Civil Veterinary Dept. Bombay admin report 1893-99 - 1893-1899
Year: 1893
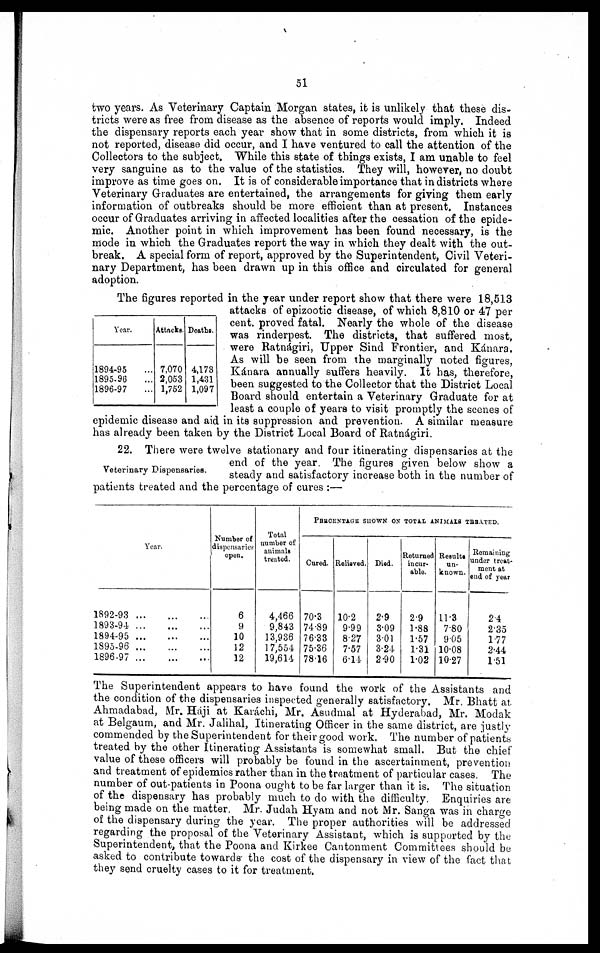
51
two years. As Veterinary Captain Morgan states, it is unlikely that these dis-
tricts were as free from disease as the absence of reports would imply. Indeed
the dispensary reports each year show that in some districts, from which it is
not reported, disease did occur, and I have ventured to call the attention of the
Collectors to the subject. While this state of things exists, I am unable to feel
very sanguine as to the value of the statistics. They will, however, no doubt
improve as time goes on. It is of considerable importance that in districts where
Veterinary Graduates are entertained, the arrangements for giving them early
information of outbreaks should be more efficient than at present. Instances
occur of Graduates arriving in affected localities after the cessation of the epide-
mic. Another point in which improvement has been found necessary, is the
mode in which the Graduates report the way in which they dealt with the out-
break. A special form of report, approved by the Superintendent, Civil Veteri-
nary Department, has been drawn up in this office and circulated for general
adoption.
Year.
1894-95 ...
1895-96 ...
1896-97 ...
Attacks.
7,070
2,053
1,752
Deaths.
4,173
1,431
1,097
The figures reported in the year under report show that there were 18,513
attacks of epizootic disease, of which 8,810 or 47 per
cent. proved fatal. Nearly the whole of the disease
was rinderpest. The districts, that suffered most,
were Ratnágiri, Upper Sind Frontier, and Kánara.
As will be seen from the marginally noted figures,
Kánara annually suffers heavily. It has, therefore,
been suggested to the Collector that the District Local
Board should entertain a Veterinary Graduate for at
least a couple of years to visit promptly the scenes of
epidemic disease and aid in its suppression and prevention. A similar measure
has already been taken by the District Local Board of Ratnágiri.
Veterinary Dispensaries.
22. There were twelve stationary and four itinerating dispensaries at the
end of the year. The figures given below show a
steady and satisfactory increase both in the number of
patients treated and the percentage of cures:—
Year.
1892-93 ...
...
...
1893-94
...
...
...
1894-95...
...
...
1895-96
...
...
...
1896-97
...
...
...
Number of
dispensaries
open.
6
9
10
12
12
Total
number of
animals
treated.
4,466
9,843
13,936
17,554
19,614
PERCENTAGE SHOWN ON TOTAL ANIMAIS TREATED.
Cured.
70.3
74.89
76.33
75.36
78.16
Relieved.
10.2
9.99
8.27
7.57
6.14
Died.
2.9
3.09
3.01
3.24
2.90
Returned
incur-
able.
2.9
1.88
1.57
1.31
1.02
Results
un-
known.
11.3
7.80
9.05
10.08
10.27
Remaining
under treat-
ment at
end of year
2.4
2.35
177
2.44
1.51
The Superintendent appears to have found the work of the Assistants and
the condition of the dispensaries inspected generally satisfactory. Mr. Bhatt at
Ahmadabad, Mr. Háji at Karachi, Mr. Asudmal at Hyderabad, Mr. Modak
at Belgaum, and Mr. Jalihal, Itinerating Officer in the same district, are justly
commended by the Superintendent for their good work. The number of patients
treated by the other Itinerating Assistants is somewhat small. But the chief
value of these officers will probably be found in the ascertainment, prevention
and treatment of epidemics rather than in the treatment of particular cases. The
number of out-patients in Poona ought to be far larger than it is. The situation
of the dispensary has probably much to do with the difficulty. Enquiries are
being made on the matter. Mr. Judah Hyam and not Mr. Sanga was in charge
of the dispensary during the year. The proper authorities will be addressed
regarding the proposal of the Veterinary Assistant, which is supported by the
Superintendent, that the Poona and Kirkee Cantonment Committees should be
asked to contribute towards the cost of the dispensary in view of the fact that
they send cruelty cases to it for treatment.